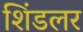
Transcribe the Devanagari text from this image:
शिंडलर